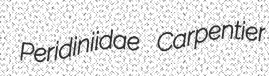
Peridiniidae Carpentier